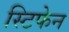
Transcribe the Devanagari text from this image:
स्टिफेन